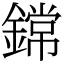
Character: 鏛